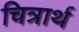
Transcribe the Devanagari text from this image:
चित्रार्थ